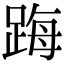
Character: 踇